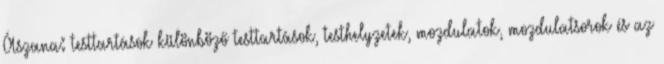
Ászana: testtartások különböző testtartások, testhelyzetek, mozdulatok, mozdulatsorok és az